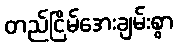
တည်ငြိမ်အေးချမ်းစွာ